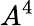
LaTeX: A^{4}